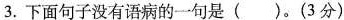
3.下面句子没有语病的一句是( )。(3分)